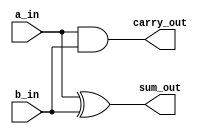
`timescale 1ns / 1ps
//////////////////////////////////////////////////////////////////////////////////
// Company: 
// Engineer: 
// 
// Design Name: 
// Module Name: half_adder
// Project Name: 
// Target Devices: 
// Tool Versions: 
// Description: 
// 
// Dependencies: 
// 
// Revision:
// Revision 0.01 - File Created
// Additional Comments:
// 
//////////////////////////////////////////////////////////////////////////////////


module half_adder(

input a_in,
input b_in,
output sum_out,
output carry_out

    );
    
assign sum_out = a_in ^ b_in;
assign carry_out = a_in & b_in;  
endmodule